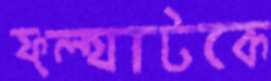
ফ্ল্যাটকে